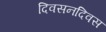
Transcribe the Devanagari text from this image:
दिवसनदिवस